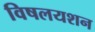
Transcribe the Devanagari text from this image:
विषलयशन